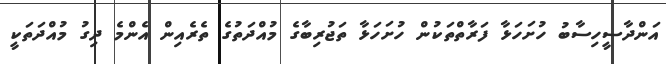
އަންދާސީހިސާބު ހުށަހަޅާ ފަރާތްތަކުން ހުށަހަޅާ ތަޖުރިބާގެ މުއްދަތުގެ ތެރެއިން އެންމެ ދިގު މުއްދަތަކީ